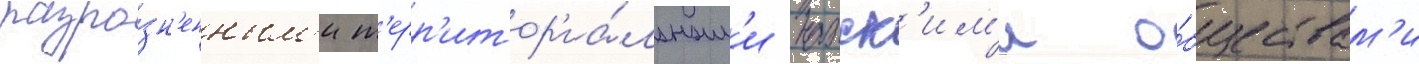
разро́зн'енным'и т'ерр'итор'иа́льным'и нахск'им'и о́бществам'и